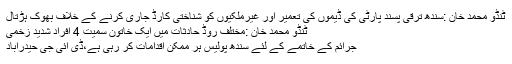
ٹنڈو محمد خان :سندھ ترقی پسند پارٹی کی ڈیموں کی تعمیر اور غیرملکیوں کو شناختی کارڈ جاری کرنے کے خلاف بھوک ہڑتال
ٹنڈو محمد خان :مختلف روڈ حادثات میں ایک خاتون سمیت 4 افراد شدید زخمی
جرائم کے خاتمے کے لئے سندھ پولیس ہر ممکن اقدامات کر رہی ہے،ڈی آئی جی حیدرآباد